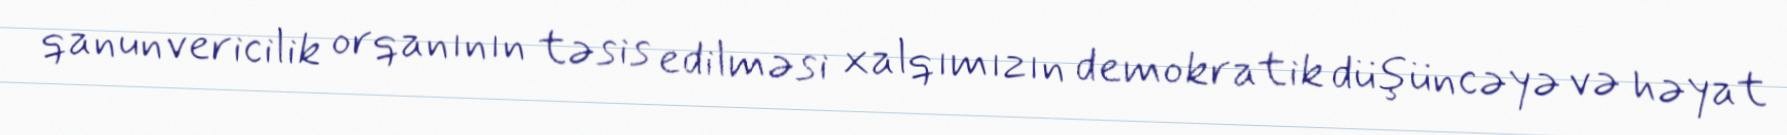
qanunvericilik orqanının təsis edilməsi xalqımızın demokratik düşüncəyə və həyat